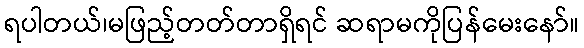
ရပါတယ်၊မဖြည့်တတ်တာရှိရင် ဆရာမကိုပြန်မေးနော်။